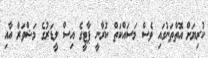
ކުރިޔަށް އޮތްތަނުގައި ވެސް މަސައްކަތް ކުރާނީ ޕާޓީގެ އިސް ލީޑަރުގެ މަޝްވަރާ އާއި